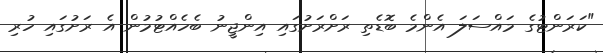
"ކަރަންޓުގެ މައްސަލަ އެންމެ ބޮޑެތި ރަށްރަށުގައި އިންޖީނު ބެހެއްޓުމުން އެ ރަށުގައި ހުރި